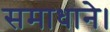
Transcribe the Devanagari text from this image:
समाधाने।